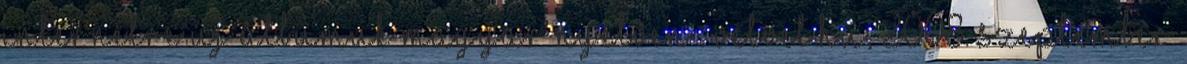
internetre új albumuk magyar nyelven . velvet.hu, 2008. szeptember